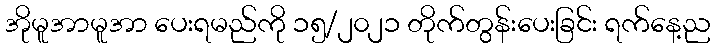
အိုမူအာမူအာ ပေးရမည်ကို ၁၅/၂၀၂၁ တိုက်တွန်းပေးခြင်း ရက်နေ့ည